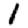
Digit: 1